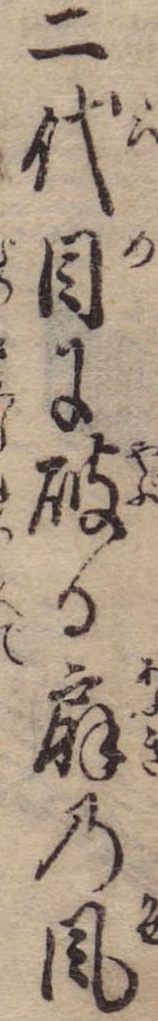
二代目に破る扇の風